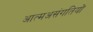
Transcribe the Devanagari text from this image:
आत्मअसंगतियों